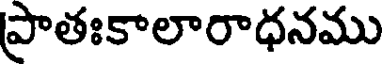
ప్రాతఃకాలారాధనము